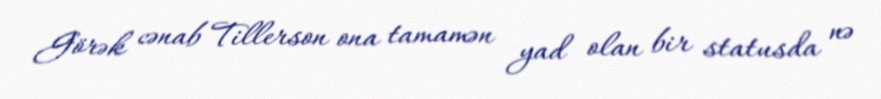
Görək cənab Tillerson ona tamamən yad olan bir statusda nə